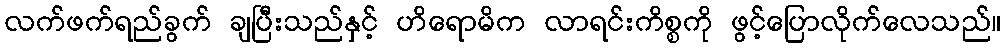
လက်ဖက်ရည်ခွက် ချပြီးသည်နှင့် ဟိရောမိက လာရင်းကိစ္စကို ဖွင့်ပြောလိုက်လေသည်။